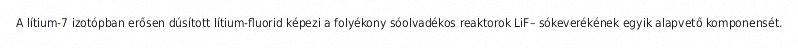
A lítium-7 izotópban erősen dúsított lítium-fluorid képezi a folyékony sóolvadékos reaktorok LiF– sókeverékének egyik alapvető komponensét.